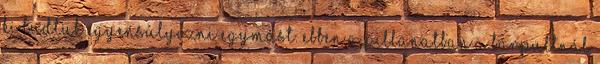
ki tudtuk egyensúlyozni egymást. Ebben a pillanatban a bárpultnál